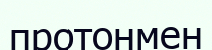
протонмен